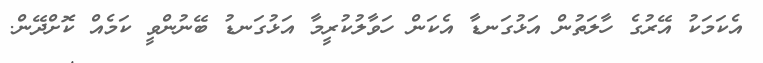
އެކަމަކު އޭރުގެ ހާލަތުން އަޅުގަނޑާ އެކަން ހަވާލުކުރީމާ އަޅުގަނޑު ބޭނުންވީ ކަމެއް ކޮށްދޭން.